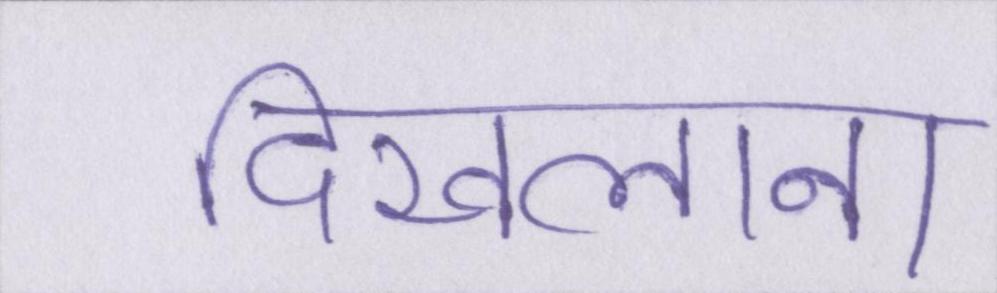
दिखलाना